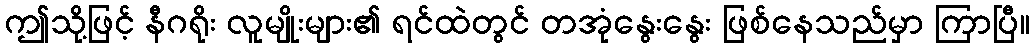
ဤသို့ဖြင့် နီဂရိုး လူမျိုးများ၏ ရင်ထဲတွင် တအုံနွေးနွေး ဖြစ်နေသည်မှာ ကြာပြီ။